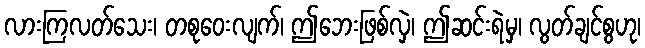
လားကြလတ်သေး၊ တစုဝေးလျက်၊ ဤဘေးဖြစ်လှဲ၊ ဤဆင်းရဲမှ၊ လွတ်ချင်စွဟု၊